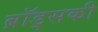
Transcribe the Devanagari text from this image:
ब्रॉड्सकी